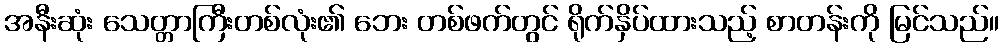
အနီးဆုံး သေတ္တာကြီးတစ်လုံး၏ ဘေး တစ်ဖက်တွင် ရိုက်နှိပ်ထားသည့် စာတန်းကို မြင်သည်။